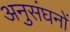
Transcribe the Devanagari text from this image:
अनुसंघनों